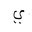
Letter: _ya